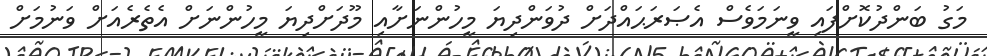
މަގު ބަންދުކޮށްފައި ވީނަމަވެސް އެޞަރަޙައްދަށް ދުވަންދިޔަ މީހުންނަށާއި މޫދަށްދިޔަ މީހުންނަށް އެތެރެއަށް ވަނުމަށް